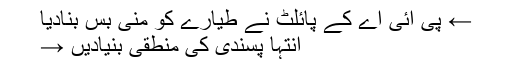
← پی آئی اے کے پائلٹ نے طیارے کو منی بس بنادیا
انتہا پسندی کی منطقی بنیادیں →